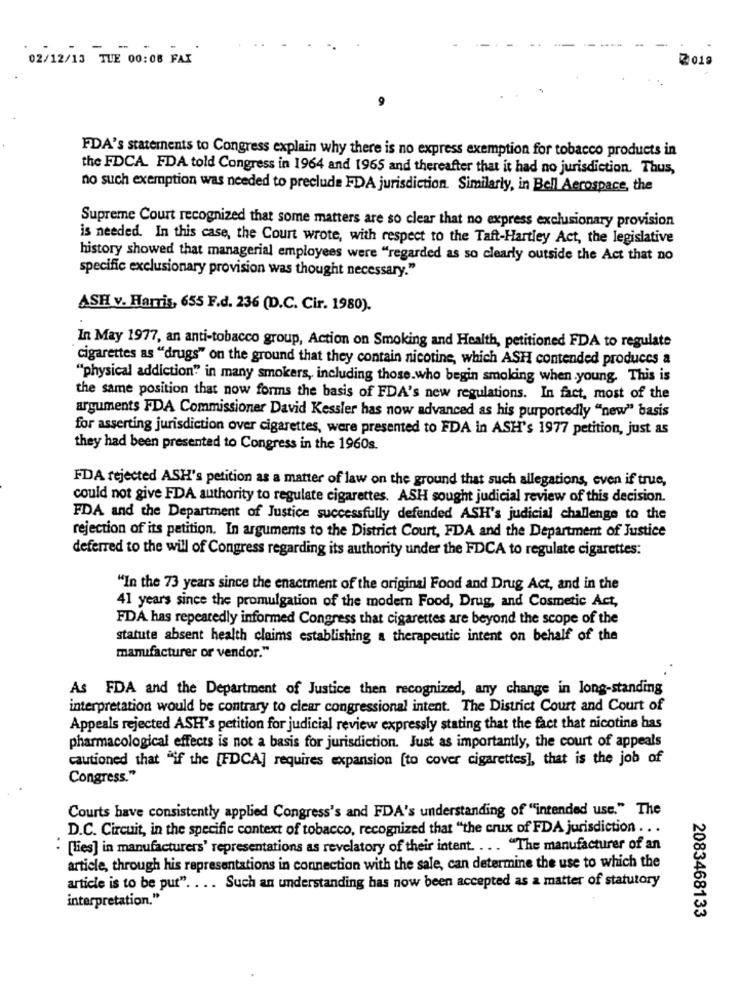
02/12/13 THE 00:08 FAX
2019
FDA's statements to Congress explain why there is no express exemption for tobacco products in
the FDCA. FDA told Congress in 1964 and 1965 and thereafter that it had no jurisdiction. Thus,
no such exemption was needed to preclude FDA jurisdiction. Similarly, in Bell Aerospace, the
Supreme Court recognized that some matters are so clear that no express exclusionary provision
is needed. In this case, the Court wrote, with respect to the Taft-Hartley Act, the legislative
history showed that managerial employees were "regarded as so clearly outside the Act that no
specific exclusionary provision was thought necessary."
ASH v. Harris, 655 F.d. 236 (D.C. Cir. 1980).
In May 1977, an anti-tobacco group, Action on Smoking and Health, petitioned FDA to regulate
cigarettes as "drugs" on the ground that they contain nicotine, which ASH contended produces a
"physical addiction" in many smokers, including those.who begin smoking when young. This is
the same position that now forms the basis of FDA's new regulations. In fact, most of the
arguments FDA Commissioner David Kessler has now advanced as his purportedly "new" basis
for asserting jurisdiction over cigarettes, were presented to FDA in ASH's 1977 petition, just as
they had been presented to Congress in the 1960s.
FDA rejected ASH's petition as a matter of law on the ground that such allegations, even if true,
could not give FDA authority to regulate cigarettes. ASH sought judicial review of this decision.
FDA and the Department of Justice successfully defended ASH's judicial challenge to the
rejection of its petition. In arguments to the District Court, FDA and the Department of Justice
deferred to the will of Congress regarding its authority under the FDCA to regulate cigarettes:
"In the 73 years since the enactment of the original Food and Drug Act, and in the
41 years since the promulgation of the modern Food, Drug, and Cosmetic Act,
FDA has repeatedly informed Congress that cigarettes are beyond the scope of the
statute absent health claims establishing a therapeutic intent on behalf of the
manufacturer or vendor."
As FDA and the Department of Justice then recognized, any change in long-standing
interpretation would be contrary to clear congressional intent. The District Court and Court of
Appeals rejected ASH's petition for judicial review expressly stating that the fact that nicotine has
pharmacological effects is not a basis for jurisdiction. Just as importantly, the court of appeals
cautioned that "if the [FDCA] requires expansion [to cover cigarettes], that is the job of
Congress."
Courts have consistently applied Congress's and FDA's understanding of "intended use." The
D.C. Circuit, in the specific context of tobacco, recognized that "the crux of FDA jurisdiction .. .
. [lies] in manufacturers' representations as revelatory of their intent. ... "The manufacturer of an
article, through his representations in connection with the sale, can determine the use to which the
article is to be put" .... Such an understanding has now been accepted as a matter of statutory
interpretation."
2083468133